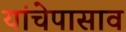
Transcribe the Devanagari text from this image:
यांचेपासाव